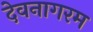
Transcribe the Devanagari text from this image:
देवनागरम